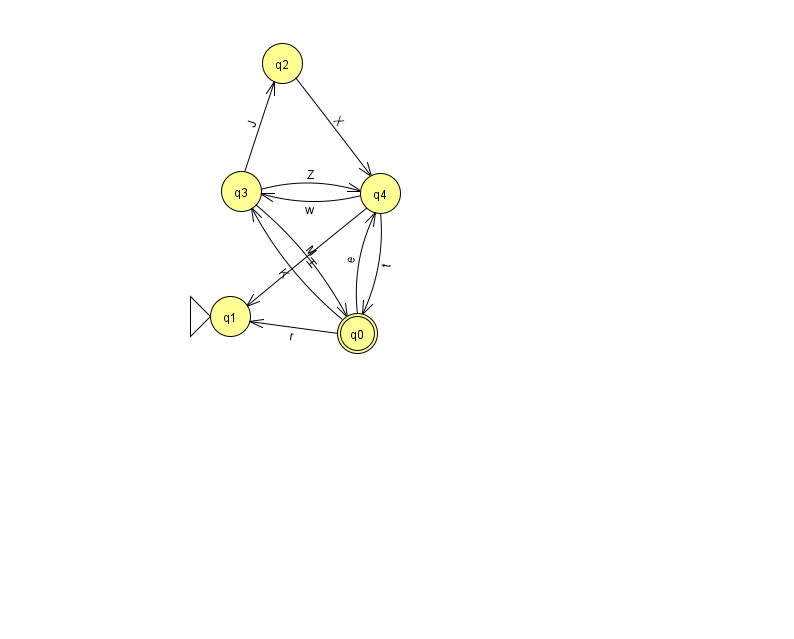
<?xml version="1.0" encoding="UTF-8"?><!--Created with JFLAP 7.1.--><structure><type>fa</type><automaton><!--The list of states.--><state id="0" name="q0"><x>357.0</x><y>320.0</y><final/></state><state id="1" name="q1"><x>230.0</x><y>303.0</y><initial/></state><state id="2" name="q2"><x>282.0</x><y>50.0</y></state><state id="3" name="q3"><x>241.0</x><y>178.0</y></state><state id="4" name="q4"><x>380.0</x><y>180.0</y></state><!--The list of transitions.--><transition><from>0</from><to>1</to><read>r</read></transition><transition><from>4</from><to>1</to><read>H</read></transition><transition><from>3</from><to>4</to><read>Z</read></transition><transition><from>3</from><to>2</to><read>J</read></transition><transition><from>2</from><to>4</to><read>X</read></transition><transition><from>3</from><to>0</to><read>M</read></transition><transition><from>4</from><to>3</to><read>w</read></transition><transition><from>4</from><to>0</to><read>t</read></transition><transition><from>0</from><to>4</to><read>e</read></transition><transition><from>0</from><to>3</to><read>K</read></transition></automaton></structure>